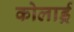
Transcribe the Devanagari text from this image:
कोलार्ड्र